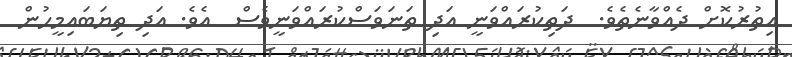
އިތުރުކޮށް ދެއްވާނެތެވެ.  ދަތިކުރައްވަނީ އަދި ތަނަވަސްކުރައްވަނީވެސް  އެވެ. އަދި ތިޔަބައިމީހުން